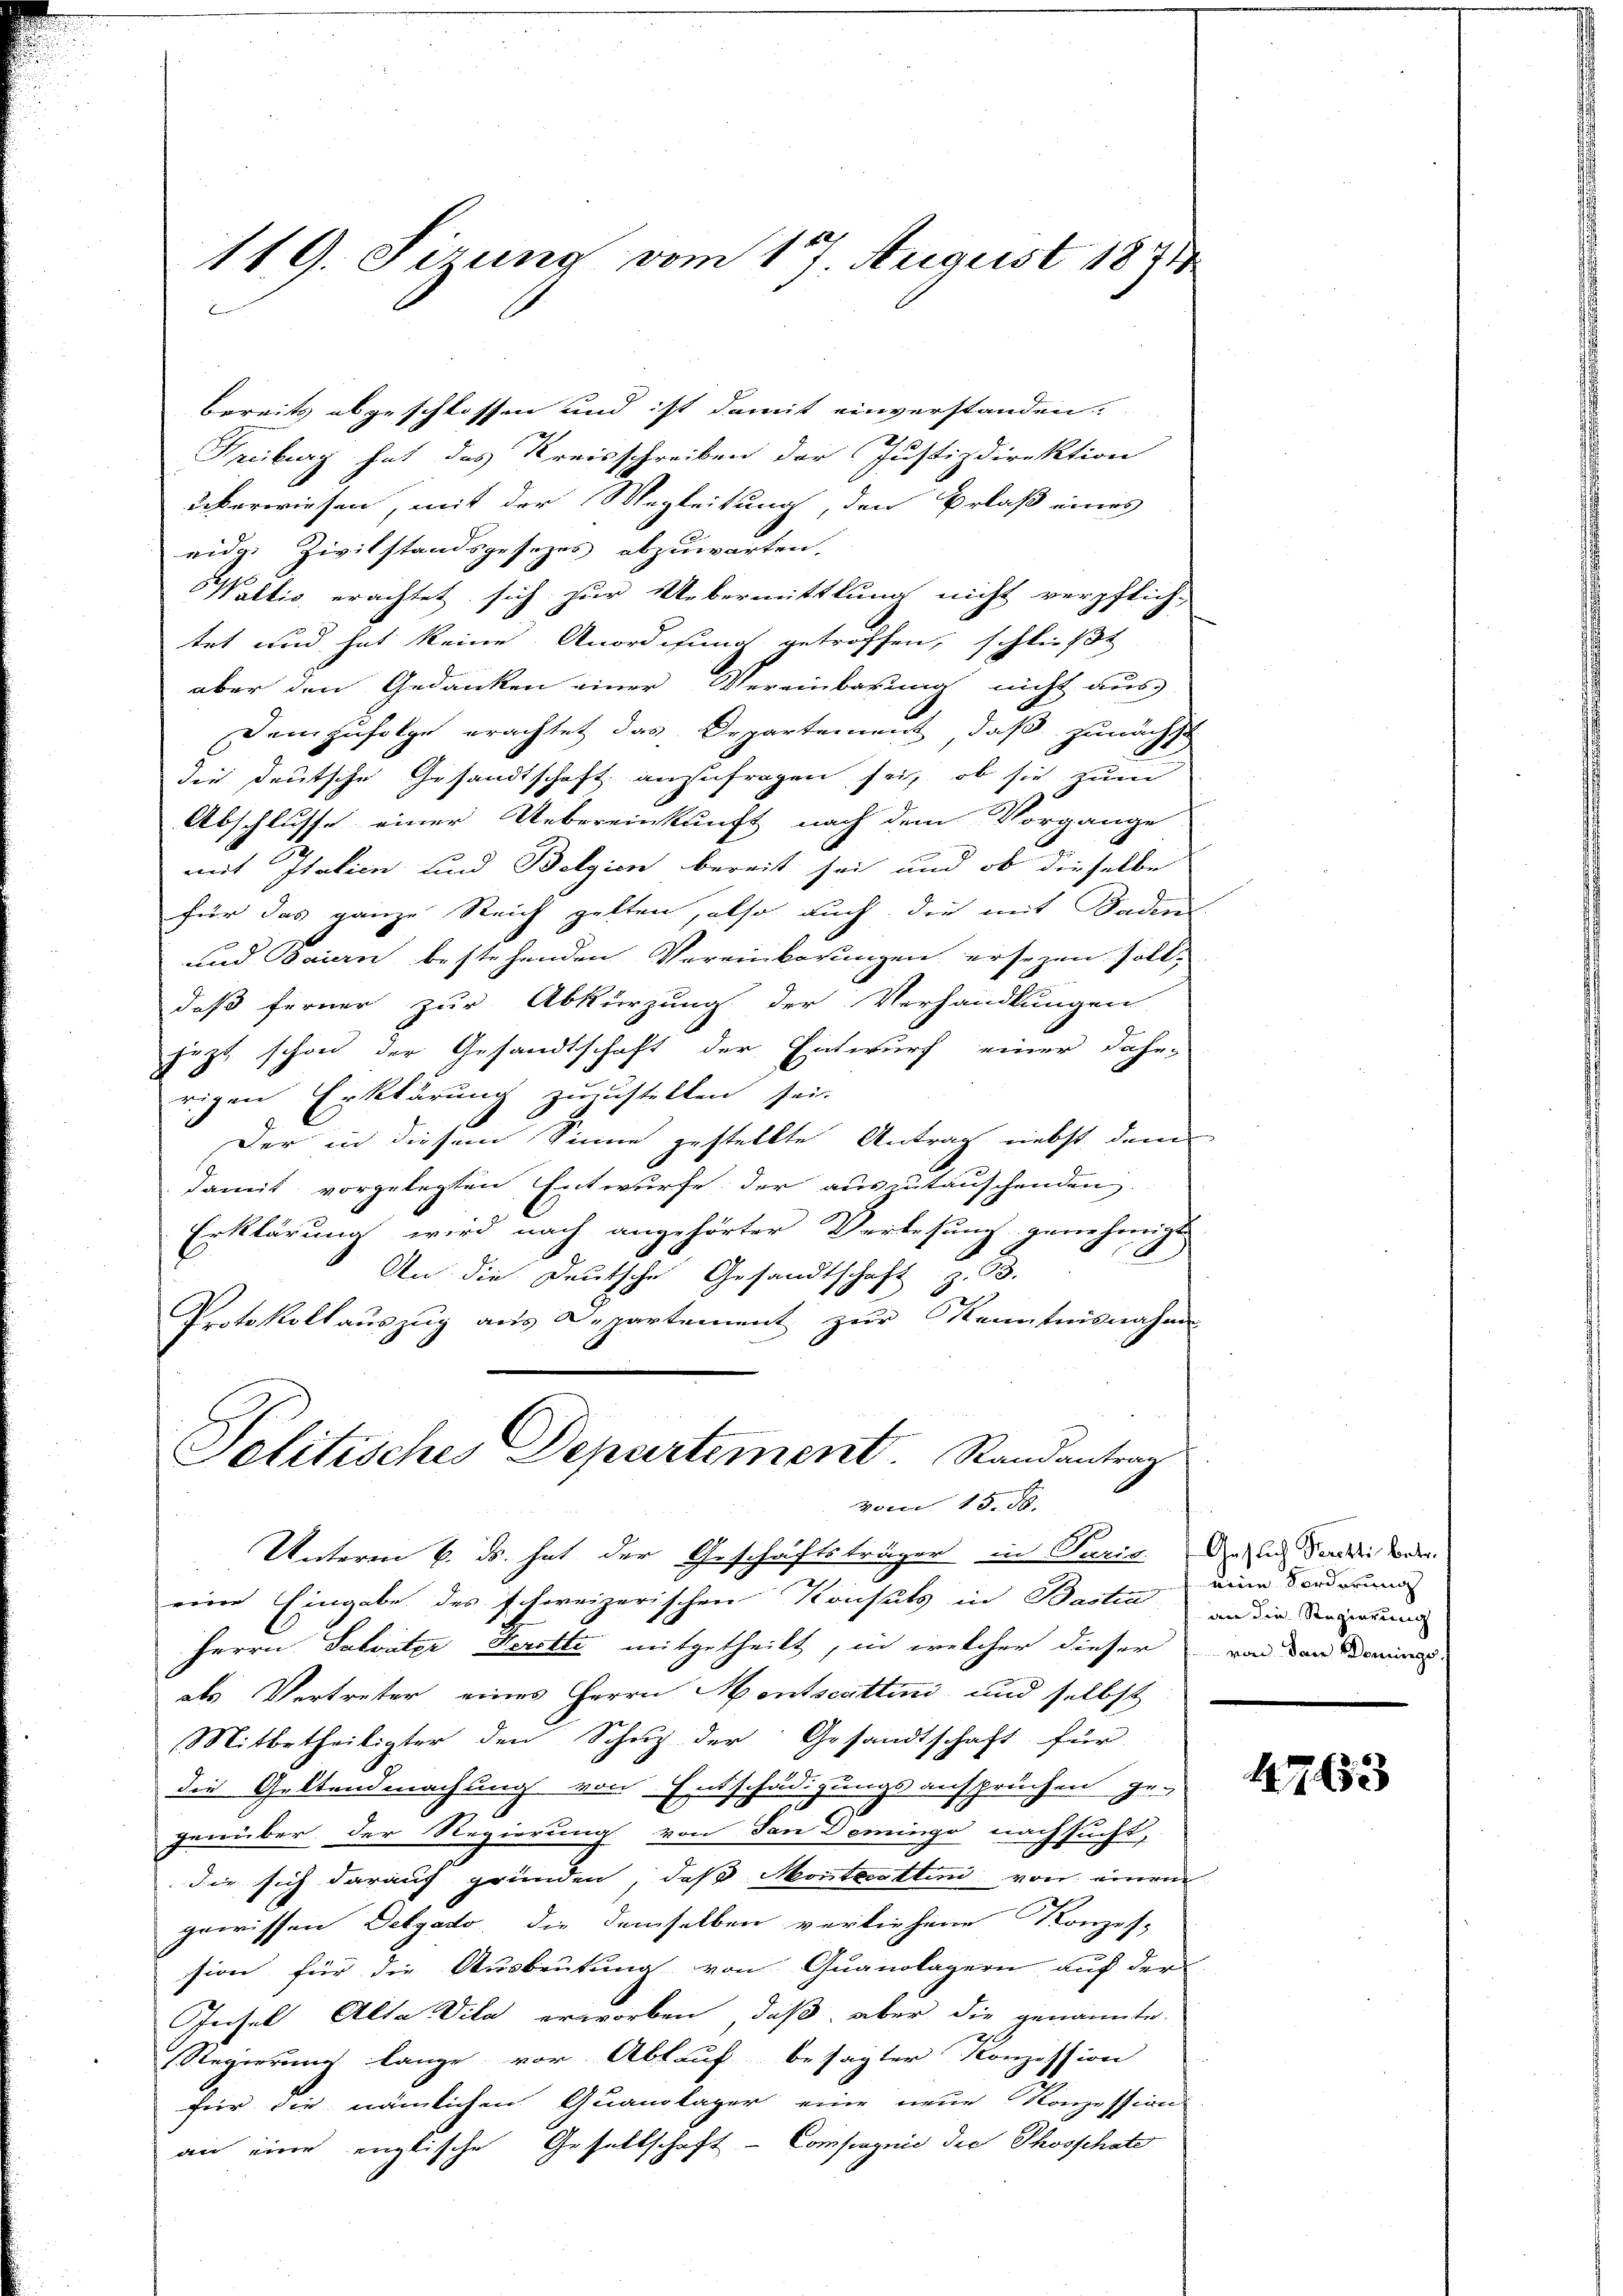
119. Sirung vom 17 August 1871

bereits abgeschlossen und ist damit einverstanden.
Freiburg hat des Kreisschreiben der Justizdirektion
überwiesen, mit der Wegleitung, den Erlaß eines
eidg. Zivilstandsgesetzes abzuwarten.
Wallis, erachtet sich zur Uebermittlung nicht verpflich-
tet und hat keine Anordnung getroffen, schließt
aber den Gedanken einer Vereinbarung nicht aus
Demzufolge erachtet das Departement, daß zunächst
die deutsche Gesandtschaft anzufragen sei, ob sie zum
Abschlusse einer Uebereinkunft nach dem Vorgange
mit Italien und Belgien bereit sei und ob dieselbe
für das ganze Reich gelten, also auch die mit Sodens
und Baiern bestehenden Vereinbarungen ersezen solldaß ferner zur Abkürzung der Verhandlungen
jezt schon der Gesandtschaft der Entwurf einer dahe
rigen Erklärung zuzustellen sei.
Der in diesem Sinne gestellte Antrag nebst dem
damit vorgelegten Entwurfe der auszutauschenden
Erklärung wird nach angehörter Verlesung genehmigt
9
An die Deutsche Gesandtschaft z. B.
Protokollauszug aus Departement zur Kenntnisnahm
Politisches Departement Randantrag
vom 15. 58.
Unterm 6. ds. hat der Geschäftsträger in Juris. Du sich der die weder
eine Eingabe des schweizerischen Konsuls in Bastia in die Seniorum
Herrn Salvater Kerette mitgetheilt, in welcher dieser von den Dominal-
als Vertreter eines Herrn Menscattini und selbst
Mitbetheiligter den Schutz der Gesandtschaft für
die Gestendmachung von Entschädigungsansprüchen ge-
genüber der Regierung von den Deminge nachsucht,
die sich darauf gründen, daß Montantini von einem
gewissen Delyatto, die demselben verliehene Konzes-
sion für die Ausbeutung von Quanlagern auf der
Insel, Alta Vila erworben, daß, aber die genannte
Regierung lange vor Ablauf besagter Konzession
für die nämlichen Quandlager eine neue Konzession
an eine englische Gesellschaft- Consignie der Phosphate

eine Forderung

4763